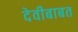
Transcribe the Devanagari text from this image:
देवीबाबत